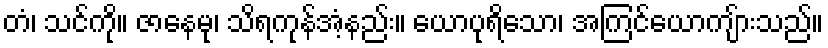
တံ၊ သင်ကို။ ဇာနေမု၊ သိရကုန်အံ့နည်း။ ယောပုရိသော၊ အကြင်ယောကျ်ားသည်။